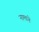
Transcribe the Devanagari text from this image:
नामाने